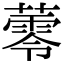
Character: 蕶